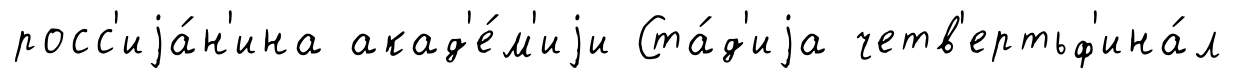
росс'иjа́н'ина акад'е́м'иjи Ста́д'иjа четв'ертьф'ина́л